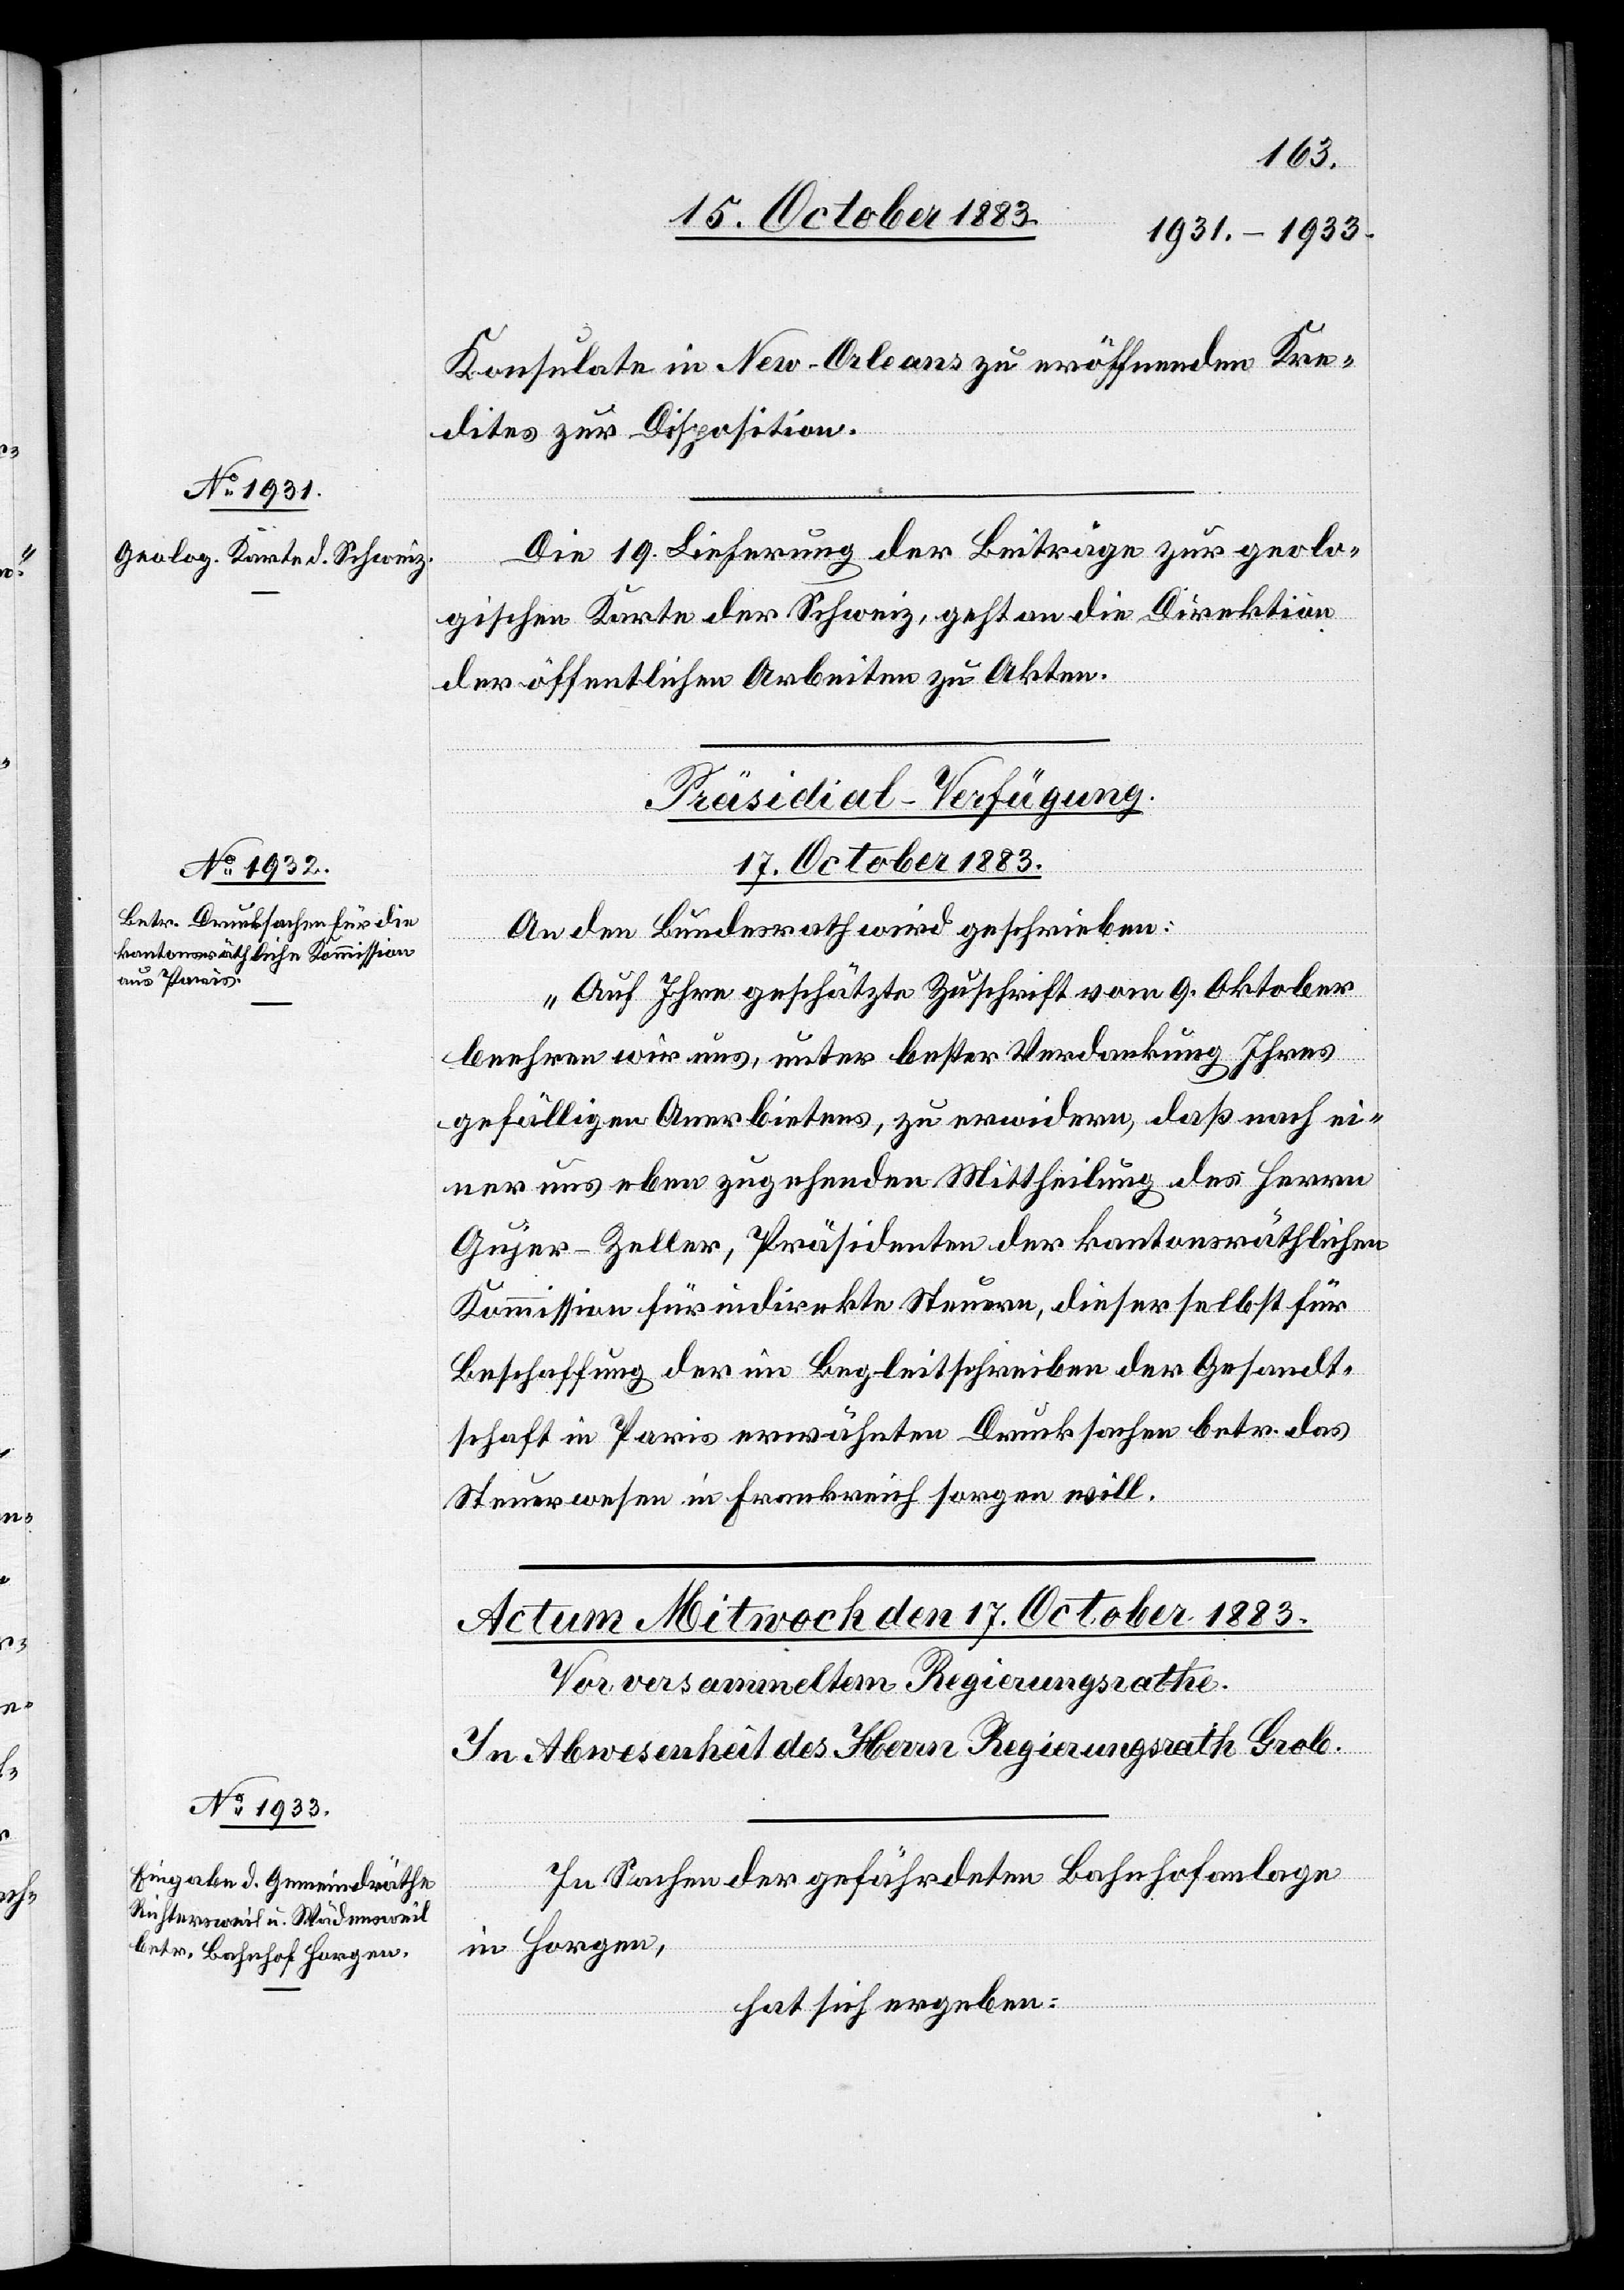
Konsulate in New-Orleans zu eröffnenden Kre¬
dites zur Disposition.
Die 19. Lieferung der Beiträge zur geolo¬
gischen Karte der Schweiz, geht an die Direktion
der öffentlichen Arbeiten zu Akten.
Präsidial-Verfügung.
17. October 1883.
An den Bundesrath wird geschrieben:
„Auf Ihre geschätzte Zuschrift vom 9. Oktober
beehren wir uns, unter bester Verdankung Ihres
gefälligen Anerbietens, zu erwidern, daß nach ei¬
ner uns eben zugehenden Mittheilung des Herrn
Gujer Zeller, Präsidenten der kantonsräthlichen
Kommission für indirekte Steuern, dieser selbst für
Beschaffung der im Begleitschreiben der Gesandt¬
schaft in Paris erwähnten Drucksachen betr. das
Steuerwesen in Frankreich sorgen will.“
In Sachen der gefährdeten Bahnhofanlage
in Horgen,
hat sich ergeben: